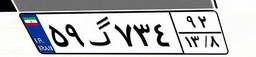
۴۲گ۱۲۶۵۵